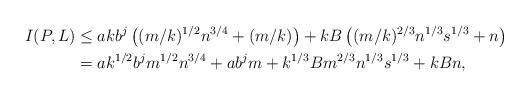
LaTeX: \begin{align*}I(P,L) & \le akb^j \left( (m/k)^{1/2}n^{3/4} + (m/k) \right)+ kB \left( (m/k)^{2/3}n^{1/3}s^{1/3} + n \right ) \\& = ak^{1/2}b^j m^{1/2}n^{3/4} + ab^j m + k^{1/3}B m^{2/3}n^{1/3}s^{1/3} + kB n ,\end{align*}